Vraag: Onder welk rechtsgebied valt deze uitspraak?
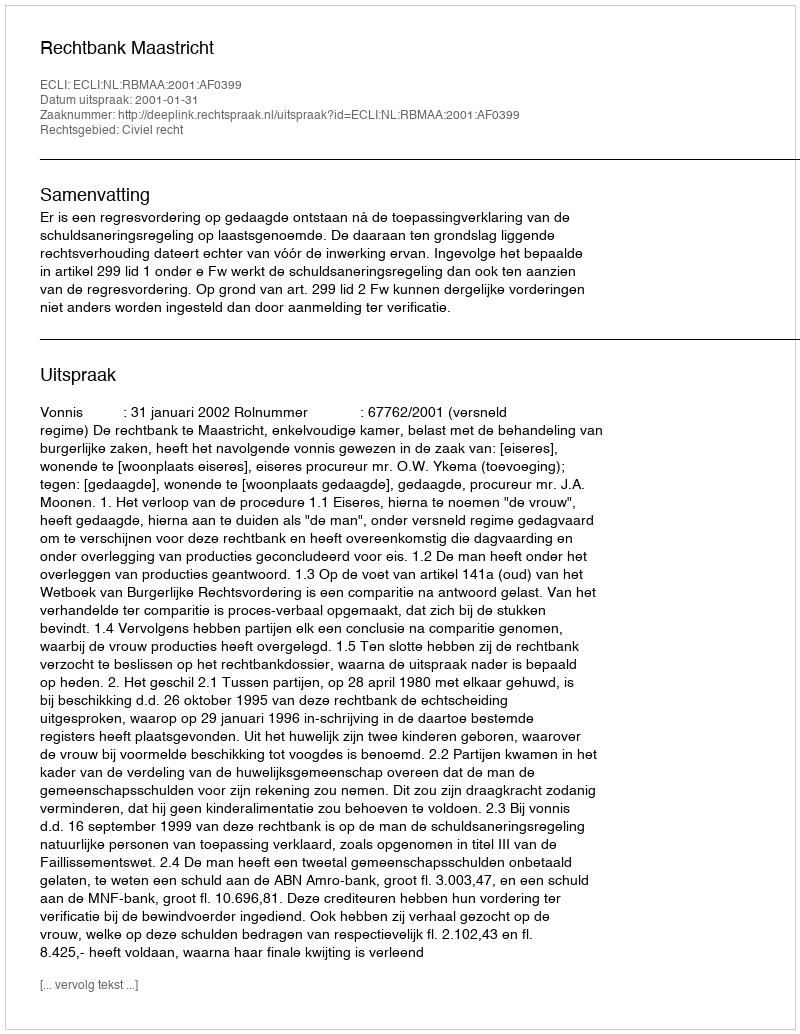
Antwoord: Civiel recht